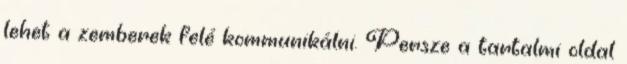
lehet a zemberek felé kommunikálni. Persze a tartalmi oldal